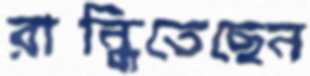
রান্ধিতেছেন